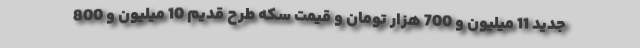
جدید 11 میلیون و 700 هزار تومان و قیمت سکه طرح قدیم 10 میلیون و 800